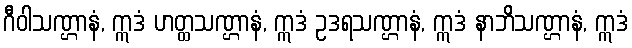
ဂီဝါသဏ္ဌာနံ, ဣဒံ ဟတ္ထသဏ္ဌာနံ, ဣဒံ ဥဒရသဏ္ဌာနံ, ဣဒံ နာဘိသဏ္ဌာနံ, ဣဒံ